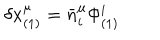
LaTeX: \delta x _ { ( 1 ) } ^ { \mu } = \bar { n } _ { i } ^ { \mu } \Phi _ { ( 1 ) } ^ { i }